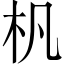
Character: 杋